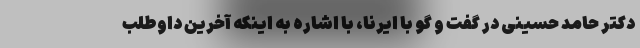
دکتر حامد حسینی در گفت و گو با ایرنا، با اشاره به اینکه آخرین داوطلب